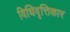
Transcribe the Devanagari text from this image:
विधिवृत्तिकार